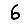
Digit: 6